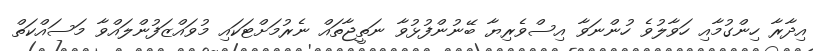
އިދާރާ ހިންގުމާއި ހަވާލުވެ ހުންނަވާ އިސްވެރިޔާ ބޭނުންފުޅުވާ ނަތީޖާތައް ނެރުމަށްޓަކައި މުވައްޒަފުންލައްވާ މަސައްކަތް